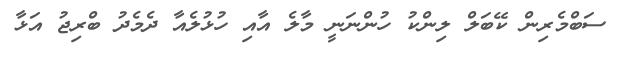
ސަބްމެރިން ކޭބަލް ލިންކު ހުންނަނީ މާލެ އާއި ހުޅުލެއާ ދެމެދު ބްރިޖު އަޅާ